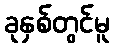
ခုနှစ်တွင်မူ